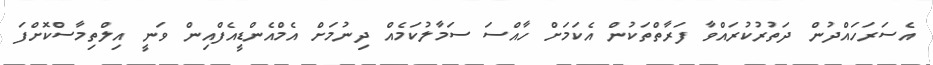
އެސަރަހައްދުން ދަތުރުކުރައްވާ ފަރާތްތަކުން އެކަމަށް ހާއްސަ ސަމާލުކަމެއް ދިނުމަށް އެމްއެންޑީއެފްއިން ވަނީ އިލްތިމާސްކޮށްފަ